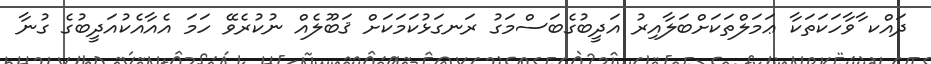
ދައްކ ާވާހަކަތަކާ ޢަމަލްތަކަށްބަލާއިރު އަދީބުގެބަސްމަގު ރަނގަޅުކަމަކަށް ޤަބޫލެއް ނުކުރެވޭ ހަމަ އެއާއެކުއަދީބުގެ ގުނާ